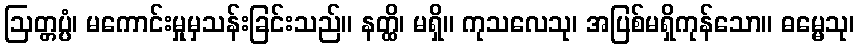
ဩတ္တပ္ပံ၊ မကောင်းမှုမှသန်းခြင်းသည်။ နတ္ထိ၊ မရှိ။ ကုသလေသု၊ အပြစ်မရှိကုန်သော။ ဓမ္မေသု၊